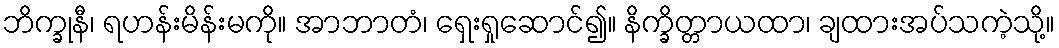
ဘိက္ခုနီ၊ ရဟန်းမိန်းမကို။ အာဘာတံ၊ ရှေးရှုဆောင်၍။ နိက္ခိတ္တာယထာ၊ ချထားအပ်သကဲ့သို့။